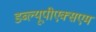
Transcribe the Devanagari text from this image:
डब्ल्यूपीएक्सएम